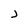
Character: j